Insane asylums Bombay 1873-77 - 1873-1877
Year: 1873
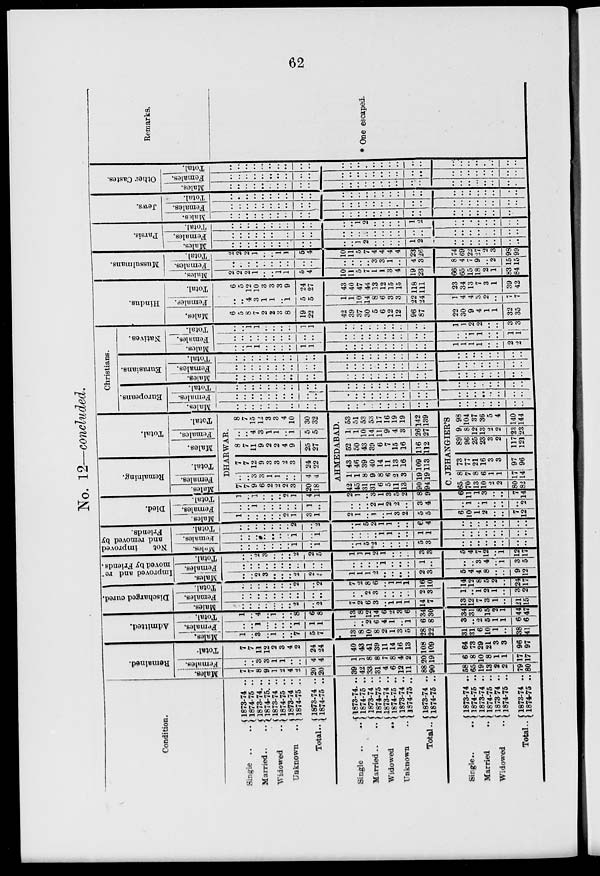
62
No. 12—concluded.
Condition.
Single .. ..
Married
..
Widowed
..
Unknown
..
Total ..
Single
..
..
Married ..
Widowed
..
Unknown
..
Total ..
Single
..
..
Married
..
Widowed
..
Total..
1873-74 ..
1874-75 ..
1873-74 ..
1874-75 ..
1873-74 ..
1874-75 ..
1873-74 ..
1874-75 ..
1873-74 ..
1874-75 ..
1873-74 ..
1874-75 ..
1873-74 ..
1874-75 ..
1873-74 ..
1874-75 ..
1873-74 ..
1874-75 ..
1873-74 ..
1874-75 ..
1873-74 ..
1874-75 ..
1873-74 ..
1874-75 ..
1873-74 ..
1874-75 ..
1873-74 ..
1874-75 ..
Remained.
Males.
7
7
8
9
1
2
4
2
20
20
39
42
33
31
4
6
12
11
88
90
58
65
19
13
2
2
79
80
Females.
..
..
3
3
1
1
..
..
4
4
1
1
8
8
7
8
4
2
20
19
6
8
10
8
1
1
17
17
Total.
7
7
11
12
2
3
4
2
24
24
40
43
41
39
11
14
16
13
108
109
64
73
29
21
3
3
96
97
Admitted.
Males.
1
..
3
..
1
..
..
7
5
7
13
8
10
8
2
1
3
5
28
22
31
31
6
10
1
..
38
41
Females.
..
..
1
..
..
..
..
1
1
1
..
..
2
6
4
1
..
1
6
8
3
..
2
5
1
1
6
6
Total.
1
..
4
..
1
..
..
8
6
8
13
8
12
14
6
2
3
6
34
30
34
31
8
15
2
1
44
47
Discharged cured.
Males.
..
..
..
..
..
..
..
2
..
2
7
2
6
3
..
1
1
1
14
7
13
12
7
3
1
..
21
15
Females.
..
..
..
..
..
..
..
..
..
..
..
..
2
3
..
..
..
..
2
3
1
..
1
2
1
..
3
2
Total.
..
..
..
..
..
..
..
2
..
2
7
2
8
6
..
1
1
1
16
10
14
12
8
5
2
..
24
17
Improved and re-
moved by Friends.
Males.
..
..
2
3
..
..
..
2
2
5
1
1
1
2
..
..
..
..
2
3
5
4
4
8
..
..
9
12
Females.
..
..
..
..
..
..
..
..
..
..
..
..
..
..
1
..
..
..
1
..
..
..
3
4
..
1
3
5
Total.
..
..
2
3
..
..
..
2
2
5
1
1
1
2
1
..
..
..
3
3
5
4
7
12
..
1
12
17
Not
improved
and removed by
Friends.
Males.
..
..
..
..
..
..
..
1
..
1
..
1
5
*2
..
..
..
..
5
3
..
..
..
..
..
..
..
..
Females.
..
..
..
...
..
..
..
1
..
1
..
..
..
..
1
1
..
..
1
1
..
..
..
..
..
..
..
..
Total.
..
..
..
..
..
..
..
2
..
2
..
1
5
2
1
1
..
..
6
4
..
..
..
..
..
..
..
..
Died.
Males.
1
..
..
..
..
..
2
1
3
1
2
1
..
1
..
1
3
2
5
5
6
10
1
2
..
..
7
12
Females.
..
..
1
..
..
..
..
..
1
..
..
..
..
2
1
2
2
..
3
4
..
1
..
1
..
..
..
2
Total.
1
..
1
..
..
..
2
1
4
1
2
1
..
3
1
3
5
2
8
9
6
11
1
3
..
..
7
14
Remaining.
Males.
Females.
Total.
Total.
Males.
Females.
Total.
DHARWAR.
7
7
9
6
2
2
2
3
20
18
..
..
2
3
1
1
..
..
4
4
7
7
12
9
3
3
2
3
24
22
8
7
11
9
2
2
4
9
25
27
..
..
4
3
1
1
..
1
5
5
8
7
15
12
3
3
4
10
30
32
AHMEDABAD.
42
45
31
31
6
5
11
13
90
94
1
1
8
9
8
6
2
3
19
19
43
46
39
40
14
11
13
16
109
113
52
50
43
39
6
7
15
16
116
112
1
1
10
14
11
9
4
3
26
21
53
51
53
53
17
16
19
19
142
139
C. JEHANGIER'S
65
70
13
10
2
2
80
32
8
7
8
6
1
1
17
14
73
77
21
16
3
3
97
96
89
96
25
23
3
2
117
121
9
8
12
13
2
2
23
23
98
104
37
36
5
4
140
144
Christians.
Europeans.
Males.
..
..
..
..
..
..
..
..
..
..
..
..
..
..
..
..
..
..
..
..
..
..
..
..
..
..
..
..
Females.
..
..
..
..
..
..
..
..
..
..
..
..
..
..
..
..
..
..
..
..
..
..
..
..
..
..
..
..
Total.
..
..
..
..
..
..
..
..
..
..
..
..
..
..
..
..
..
..
..
..
..
..
..
..
..
..
..
..
Eurasians.
Males.
..
..
..
..
..
..
..
..
..
..
..
..
..
..
..
..
..
..
..
..
..
..
..
..
..
..
..
..
Females.
..
..
..
..
..
..
..
..
..
..
..
..
..
..
..
..
..
..
..
..
..
..
..
..
..
..
..
..
Total.
..
..
..
..
..
..
..
..
..
..
..
..
..
..
..
..
..
..
..
..
..
..
..
..
..
..
..
..
Natives.
Males.
..
..
1
1
..
..
..
..
1
1
..
..
..
..
..
..
..
..
..
..
1
1
1
1
..
..
2
2
Females.
..
..
..
..
..
..
..
..
..
..
..
..
..
..
..
..
..
..
..
..
..
..
1
1
..
..
1
1
Total.
..
..
1
1
..
..
..
..
1
1
..
..
..
..
..
..
..
..
..
..
1
1
2
2
..
..
3
3
Hindus.
Males.
6
5
8
7
2
2
3
8
19
22
42
39
37
30
5
6
12
12
96
87
22
30
9
4
1
1
32
35
Females.
..
..
4
3
1
1
..
1
5
5
1
1
10
14
8
6
3
3
22
24
1
4
4
3
2
..
7
7
Total.
6
5
12
10
3
3
3
9
24
27
43
40
47
44
13
12
15
15
118
111
23
34
13
7
3
1
39
42
Mussulmans.
Males.
2
2
2
1
..
..
1
1
5
4
10
11
5
7
1
1
3
4
19
23
66
65
15
18
2
1
831
84
Females.
..
..
..
..
..
..
..
..
..
..
..
..
..
..
3
3
1
..
4
1
8
4
7
9
..
2
15
15
Total.
2
2
2
1
..
..
1
1
5
4
10
11
5
7
4
4
4
4
23
26
74
69
22
27
2
3
98
99
Parsis.
Males.
..
..
..
..
..
..
..
..
..
..
..
..
1
2
..
..
..
..
1
2
..
..
..
..
..
..
..
..
Females.
..
..
..
..
..
..
..
..
..
..
..
..
..
..
..
..
..
..
..
..
..
..
..
..
..
..
..
..
Total.
..
..
..
..
..
..
..
..
..
..
..
..
1
2
..
..
..
..
1
2
..
..
..
..
..
..
..
..
Jews.
Males.
..
..
..
..
..
..
..
..
..
..
..
..
..
..
..
..
..
..
..
..
..
..
..
..
..
..
..
..
Females.
..
..
..
..
..
..
..
..
..
..
..
..
..
..
..
..
..
..
..
..
..
..
..
..
..
..
..
..
Total.
..
..
..
..
..
..
..
..
..
..
..
..
..
..
..
..
..
..
..
..
..
..
..
..
..
..
..
..
Other Castes.
Males.
..
..
..
..
..
..
..
..
..
..
..
..
..
..
..
..
..
..
..
..
..
..
..
..
..
..
..
..
Females.
..
..
..
..
..
..
..
..
..
..
..
..
..
..
..
..
..
..
..
..
..
..
..
..
..
..
..
..
Total.
..
..
..
..
..
..
..
..
..
..
..
..
..
..
..
..
..
..
..
..
..
..
..
..
..
..
..
..
Remarks.
* One escaped.